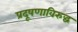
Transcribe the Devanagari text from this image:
प्रदूषणाविरुद्ध